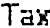
TAX